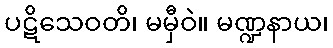
ပဋိသေဝတိ၊ မမှီဝဲ။ မဏ္ဍနာယ၊